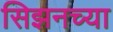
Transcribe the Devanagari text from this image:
सिझनच्या